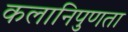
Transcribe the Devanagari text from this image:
कलानिपुणता